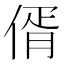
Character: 偦